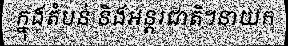
ក្នុងតំបន់ និងអន្តរជាតិ។នាយក